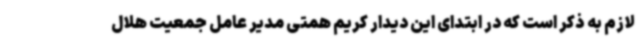
لازم به ذکر است که در ابتدای این دیدار کریم همتی مدیر عامل جمعیت هلال